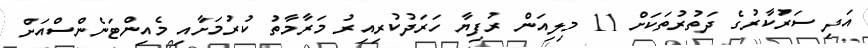
އަދި ސަރުކާރުގެ ދަތުރުތަކަށް 11 މިލިއަން ރުފިޔާ ހަރަދުކުރިއިރު މަރާމާތު ކުރުމަށާއި މެއިންޓަނެންސްއަށް